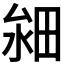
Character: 𤱸